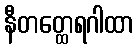
နီတတ္ထေရဂါထာ